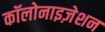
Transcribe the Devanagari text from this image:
कॉलोनाइज़ेशन